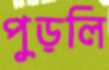
পুড়লি